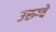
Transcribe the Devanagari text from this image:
उरुग्‍वे